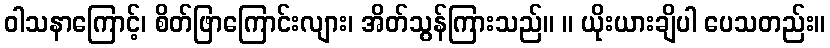
ဝါသနာကြောင့်၊ စိတ်ဖြာကြောင်းလျား၊ အိတ်သွန်ကြားသည်။ ။ ယိုးယားချိပါ ပေသတည်း။